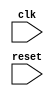
module behavioral_block (
    input wire clk,
    input wire reset,
    // Other input/output signals here
);

always @(posedge clk or negedge reset) begin
    // Behavior here
end

endmodule